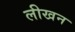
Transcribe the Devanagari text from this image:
लीखन